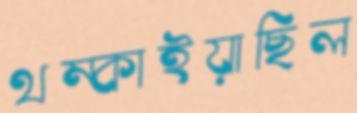
থম্‌কাইয়াছিল